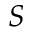
S